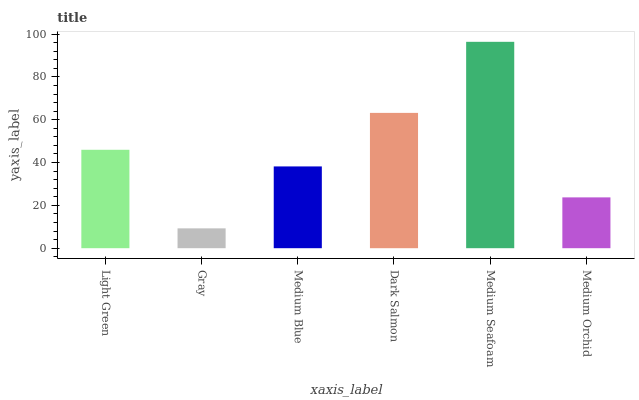
| xaxis_label | bars |
 | --- | --- |
 | Light Green | 46 |
 | Gray | 9.27 |
 | Medium Blue | 38.2 |
 | Dark Salmon | 63.2 |
 | Medium Seafoam | 96.4 |
 | Medium Orchid | 23.7 |